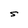
Character: S